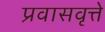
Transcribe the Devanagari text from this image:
प्रवासवृत्ते